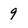
Character: 9